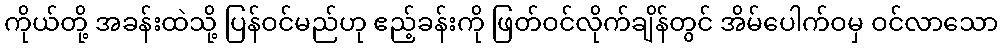
ကိုယ်တို့ အခန်းထဲသို့ ပြန်ဝင်မည်ဟု ဧည့်ခန်းကို ဖြတ်ဝင်လိုက်ချိန်တွင် အိမ်ပေါက်ဝမှ ဝင်လာသော